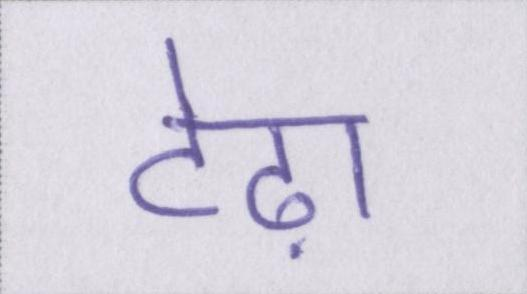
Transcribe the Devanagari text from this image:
टेढ़ा